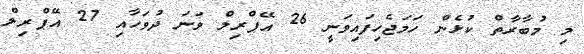
މި މުބާރާތް ކުޅެން ހަމަޖެހިފައިވަނީ 26 އޭޕްރިލް ވަނަ ދުވަހާއި 27 އޭޕްރިލް